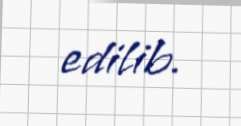
edilib.